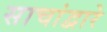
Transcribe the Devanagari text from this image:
साचांद्वारे